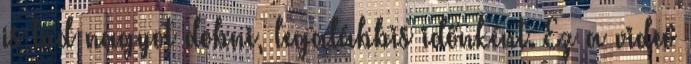
is tud nagyot dobni, legalábbis időnként. Ez a videó